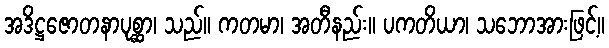
အဒိဋ္ဌဇောတနာပုစ္ဆာ၊ သည်။ ကတမာ၊ အတီနည်း။ ပကတိယာ၊ သဘောအားဖြင့်။